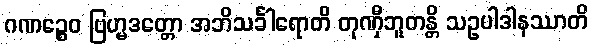
ဂဏဉ္စေဝ ဗြဟ္မဒတ္တော အဘိသင်္ခါရောတိ တုဏှီဘူတန္တိ သဥပါဒါနဿာတိ